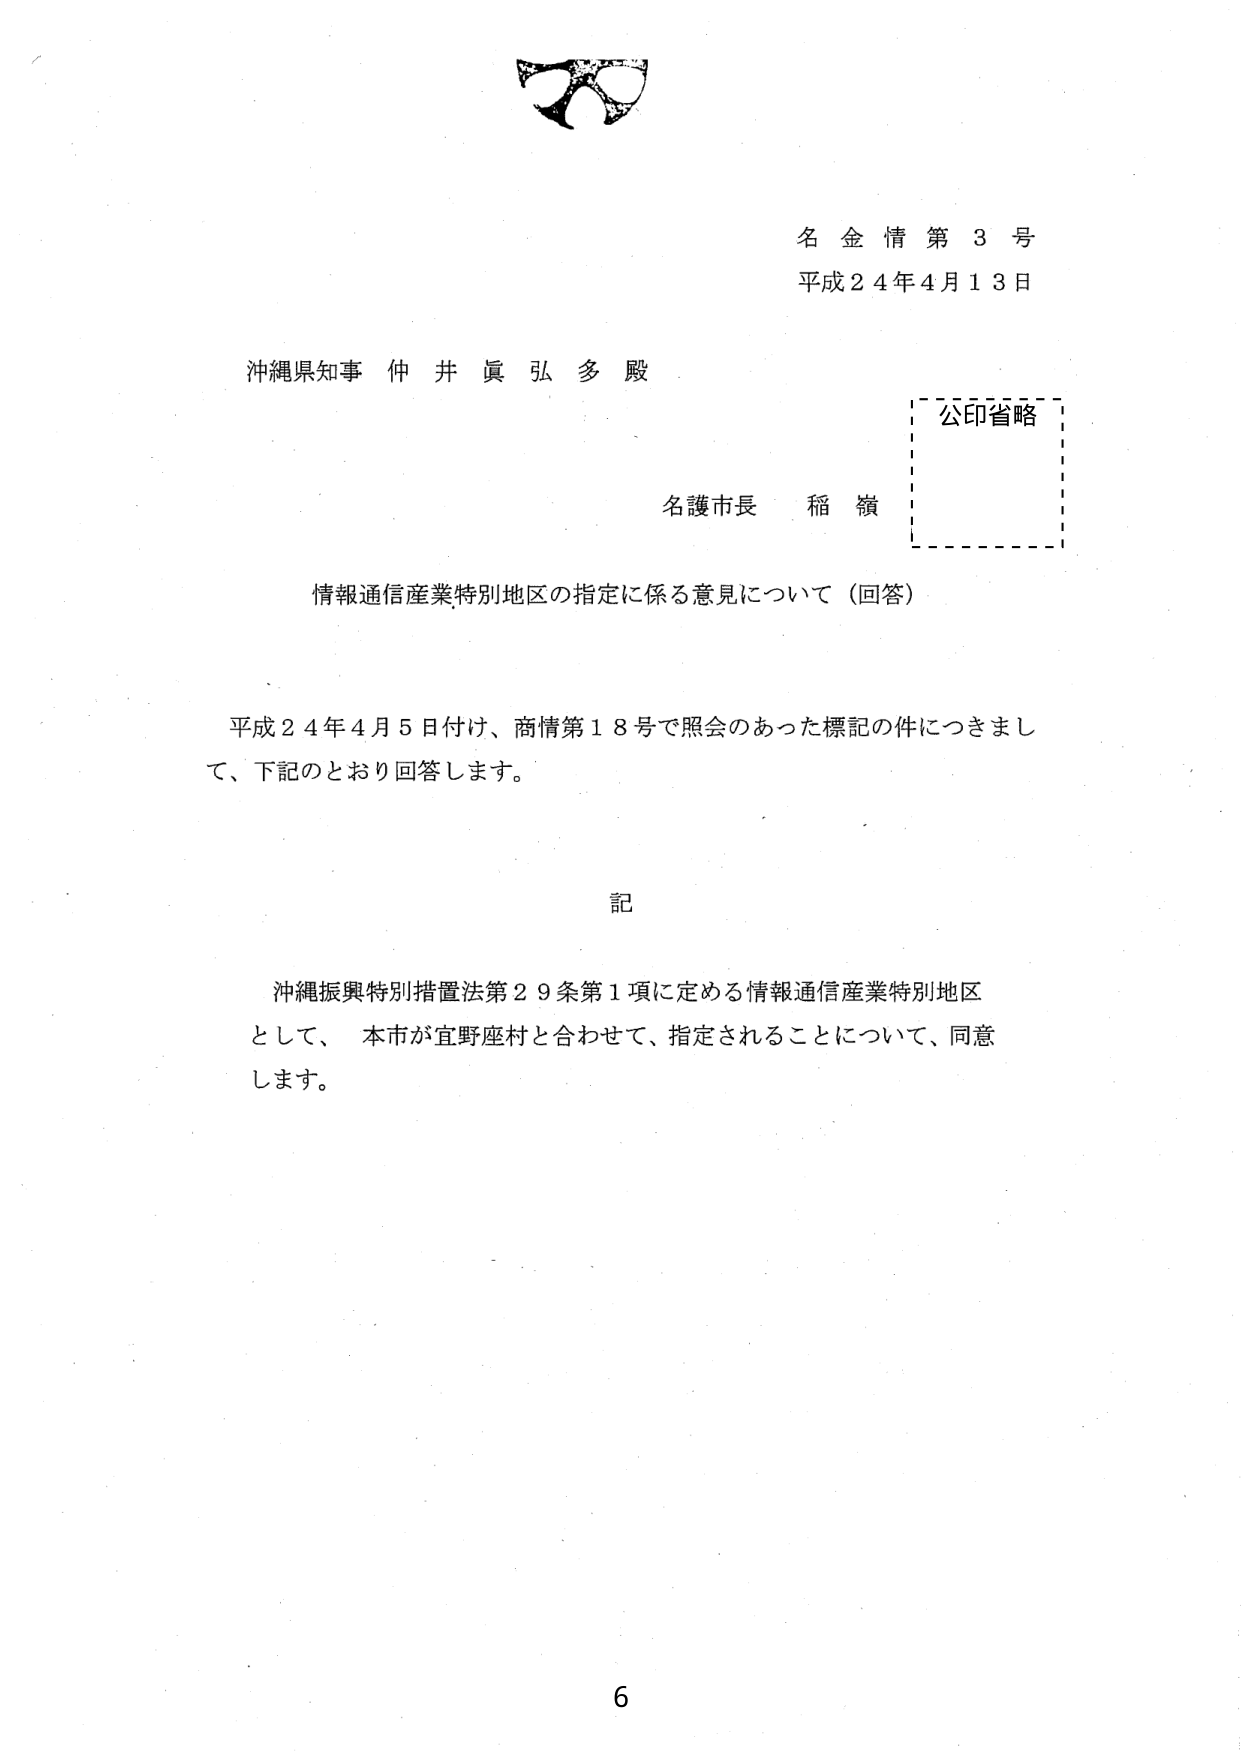
名金情第3号
平成24年4月13日

沖縄県知事 仲井眞弘多殿

名護市長 稲嶺

公印省略

情報通信産業特別地区の指定に係る意見について（回答）

平成24年4月5日付け、商情第18号で照会のあった標記の件につきまして、下記のとおり回答します。

記

沖縄振興特別措置法第29条第1項に定める情報通信産業特別地区として、本市が宜野座村と合わせて、指定されることについて、同意します。

6